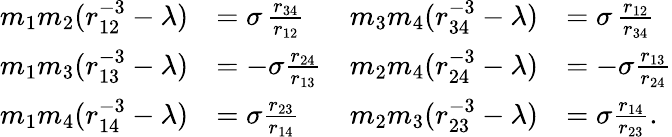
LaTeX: \begin{array}{rlrl}{m_{1}m_{2}(r_{12}^{-3}-\lambda)}&{=\sigma\, \frac{r_{34}}{r_{12}}}&{m_{3}m_{4}(r_{34}^{-3}-\lambda)}&{=\sigma\, \frac{r_{12}}{r_{34}}}\\ {m_{1}m_{3}(r_{13}^{-3}-\lambda)}&{=-\sigma\frac{r_{24}}{r_{13}}}&{m_{2}m_{4}(r_{24}^{-3}-\lambda)}&{=-\sigma\frac{r_{13}}{r_{24}}}\\ {m_{1}m_{4}(r_{14}^{-3}-\lambda)}&{=\sigma\frac{r_{23}}{r_{14}}}&{m_{2}m_{3}(r_{23}^{-3}-\lambda)}&{=\sigma\frac{r_{14}}{r_{23}}.}\end{array}